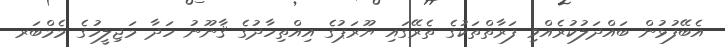
އެބޭފުޅުން ބައްދަލުކުރެއްވި ފަރާތްތަކުގެ ތެރޭގައި ޔޫރަޕުގެ އިއްތިހާދުގެ ޤާނޫނު ހަދާ މަޖިލީހުގެ މެމްބަރ